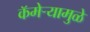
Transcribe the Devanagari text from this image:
कॅमेऱ्यामुळे